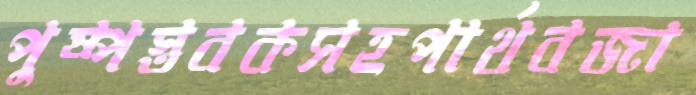
পুষ্পস্তবকসহপার্থবজা